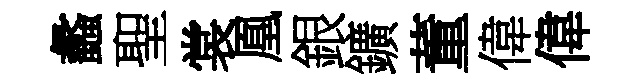
蠡聖裳凰銀鑛董偉偉